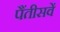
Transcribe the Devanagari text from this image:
पैंतीसवें